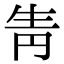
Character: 𤯝